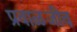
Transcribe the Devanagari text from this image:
प्रवाळजीव